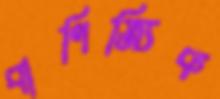
বাণিজ্যিক